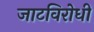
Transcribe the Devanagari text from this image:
जाटविरोधी